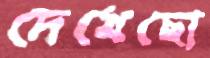
দেখেছো